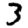
Digit: 3